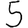
Digit: 5